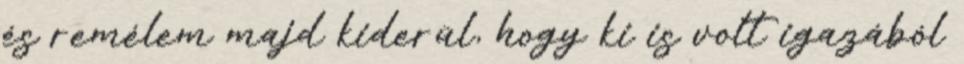
és remélem majd kiderül, hogy ki is volt igazából